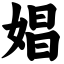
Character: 娼